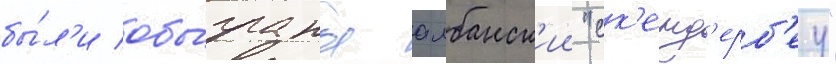
бы́л'и обы́граны албанск'ии "ск'енд'ерб'еу"